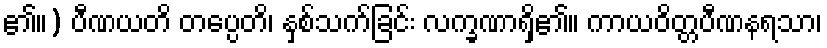
၏။) ပီဏယတိ တပ္ပေတိ၊ နှစ်သက်ခြင်း လက္ခဏာရှိ၏။ ကာယဝိတ္တပီဏနရသာ၊